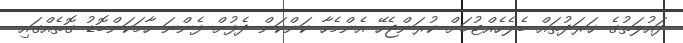
ދައުލަތުގެ ޚަރަދުތައް ބެލެހެއްޓުމަށް ކުރަންޖެހޭ އެންމެހާ ކަންކަން ދެފުށް ފެންނަ ހާމަކަންބޮޑު ގޮތެއްގައި